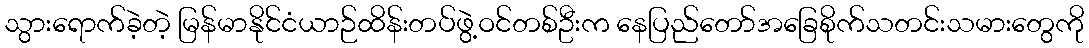
သွားရောက်ခဲ့တဲ့ မြန်မာနိုင်ငံယာဉ်ထိန်းတပ်ဖွဲ့ဝင်တစ်ဦးက နေပြည်တော်အခြေစိုက်သတင်းသမားတွေကို